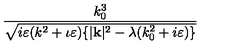
\frac { k _ { 0 } ^ { 3 } } { \sqrt { i \varepsilon ( k ^ { 2 } + \iota \varepsilon ) \{ | \mathbf { k } | ^ { 2 } - \lambda ( k _ { 0 } ^ { 2 } + i \varepsilon ) \} } }